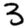
Digit: 3